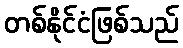
တစ်နိုင်ငံဖြစ်သည်